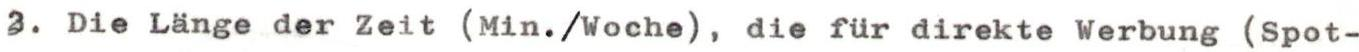
3. Die Länge der Zeit (Min./Woche), die für direkte Werbung (Spot-